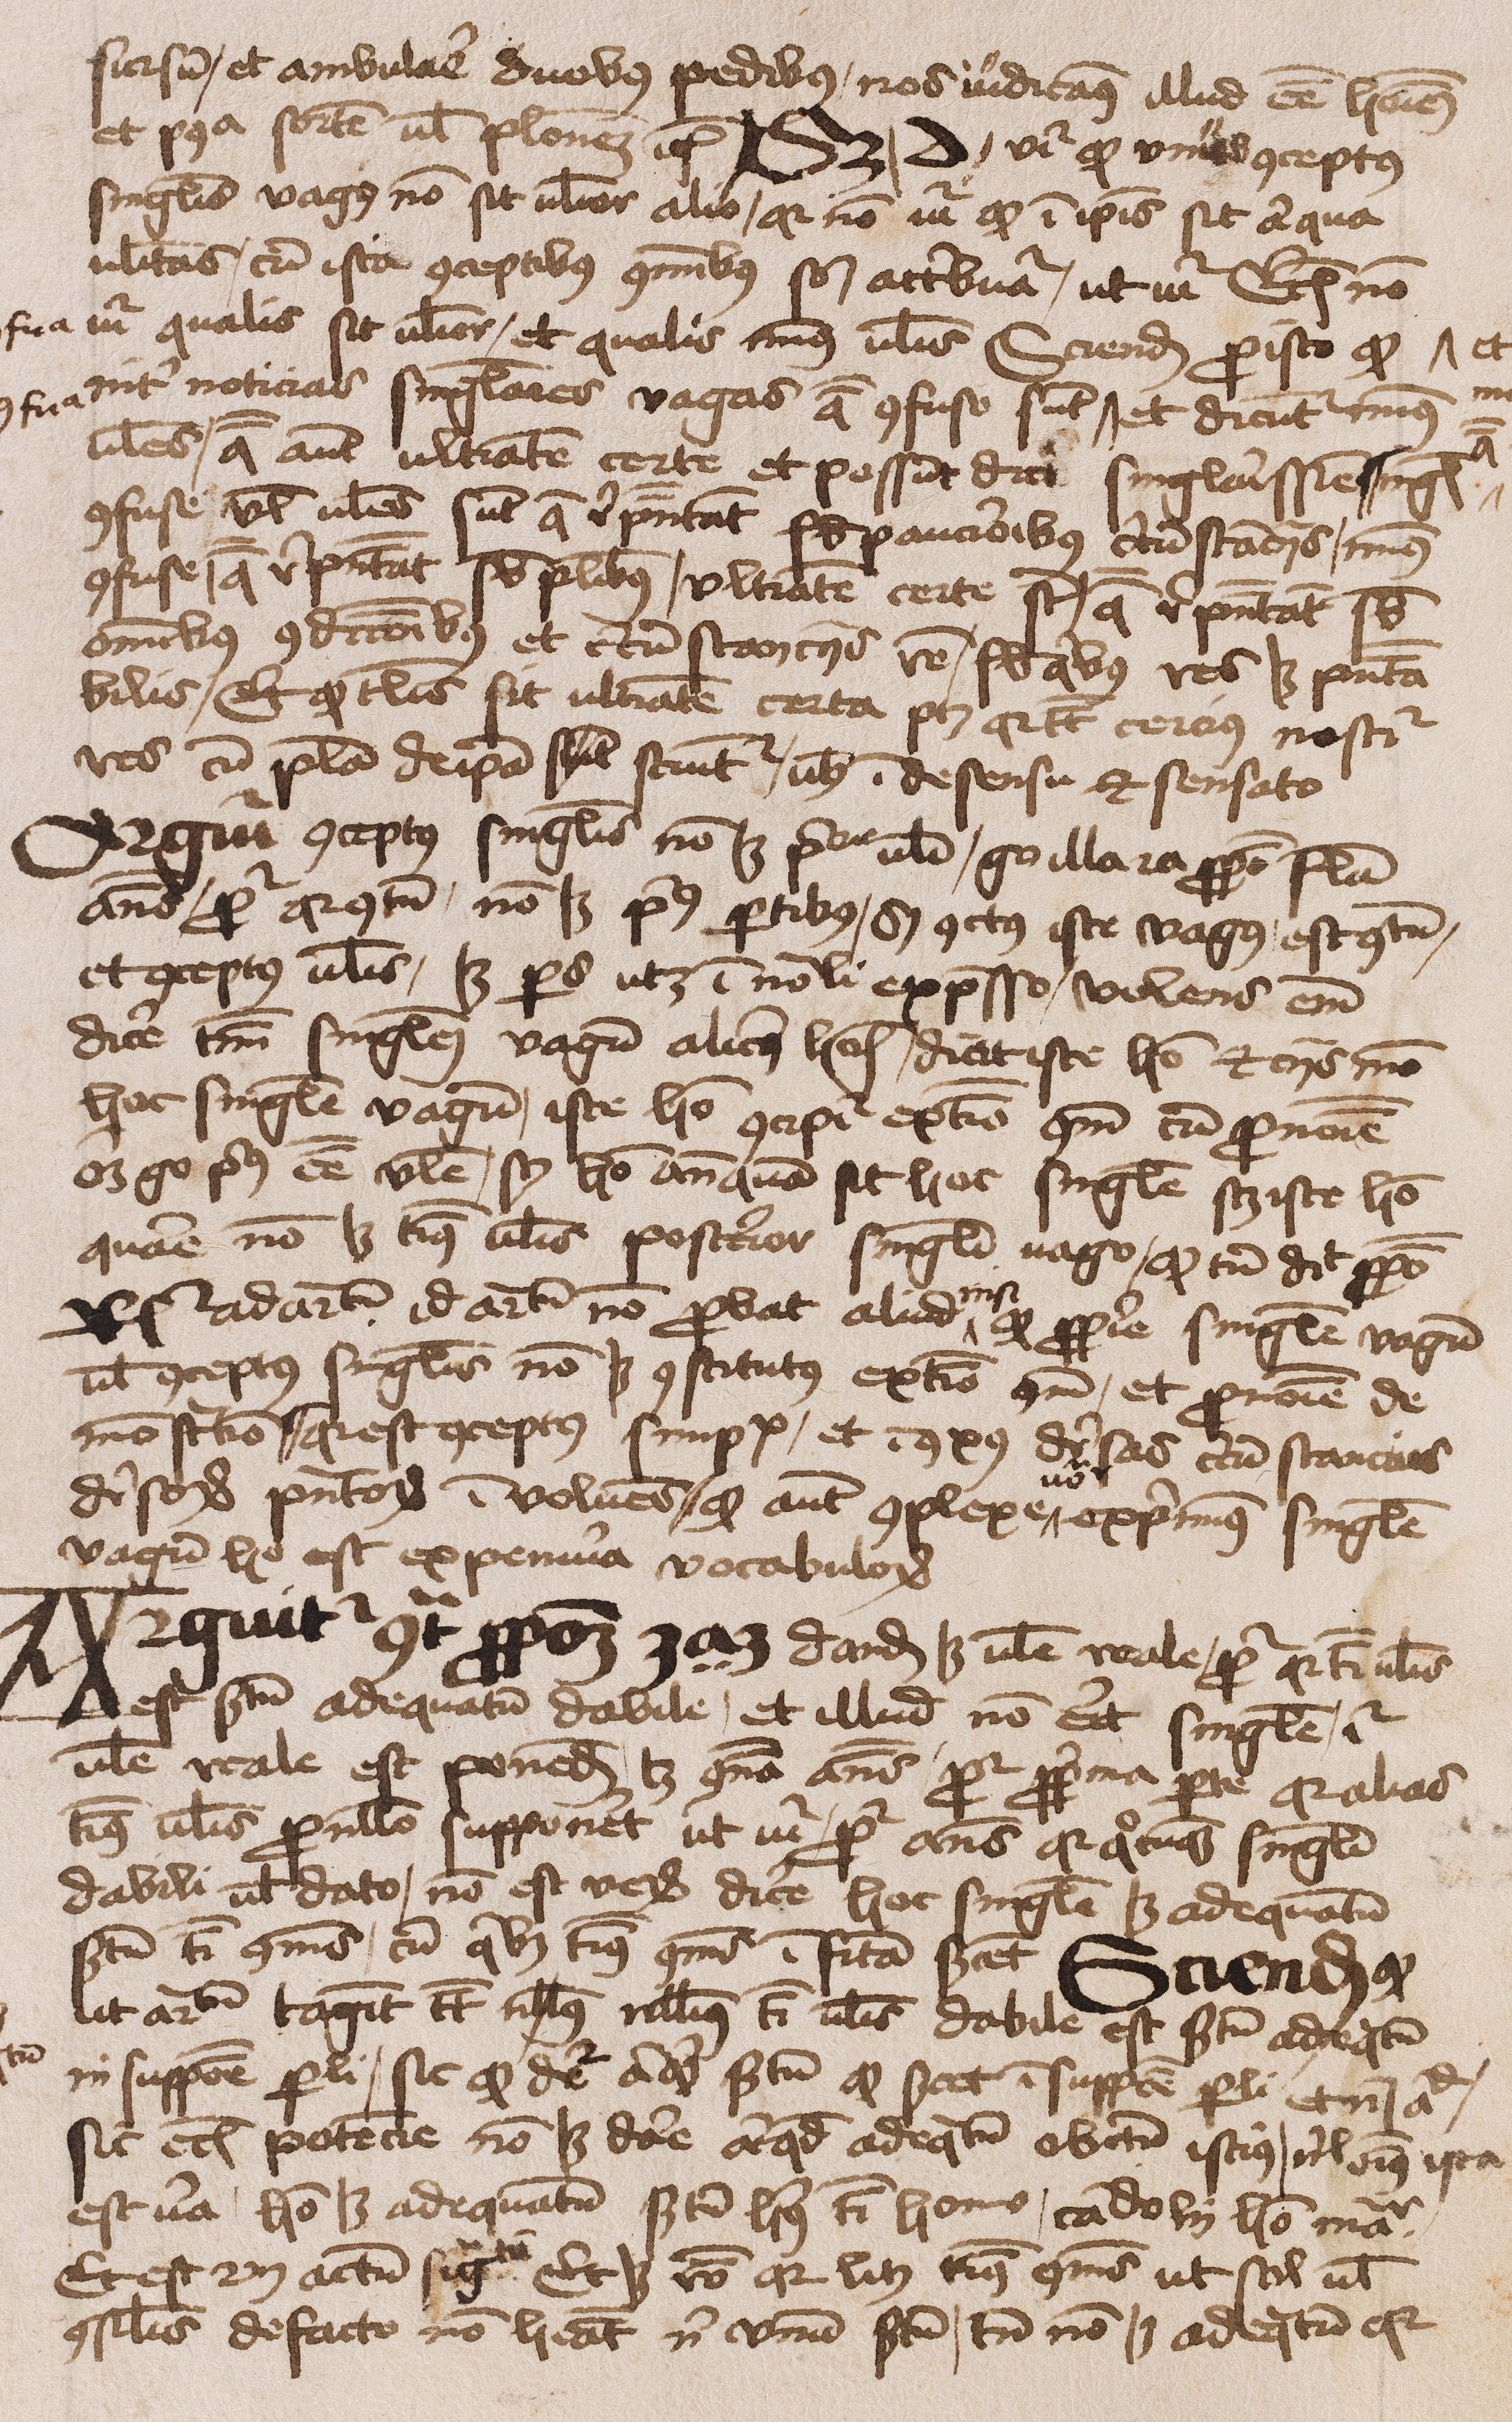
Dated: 1450–1474